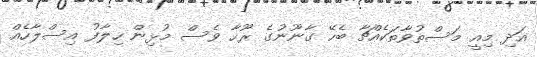
އަދި މިއީ މަސްތުވާތަކެއްޗާ ބެހޭ ގާނޫނުގެ ރޫހާ ވެސް މުޅިން ހިލާފު އިސްލާހެއް